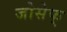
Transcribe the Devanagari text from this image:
जोसेफ्